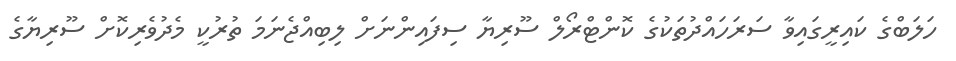
ހަލަބްގެ ކައިރީގައިވާ ސަރަހައްދުތަކުގެ ކޮންޓްރޯލް ސޫރިޔާ ސިފައިންނަށް ލިބިއްޖެނަމަ ތުރުކީ މެދުވެރިކޮށް ސޫރިޔާގެ